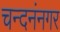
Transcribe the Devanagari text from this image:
चन्दनंनगर